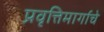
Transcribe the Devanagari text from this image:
प्रवृत्तिमार्गाचे